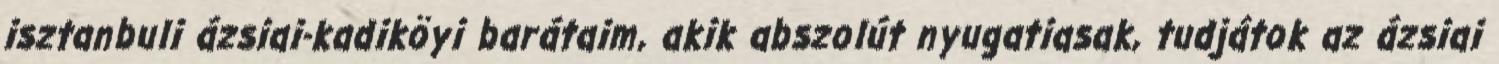
isztanbuli ázsiai-kadiköyi barátaim, akik abszolút nyugatiasak, tudjátok az ázsiai